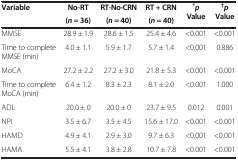
| Variable | No-RT | RT-No-CRN | RT + CRN | *pValue | †pValue |
 |  | (n = 36) | (n = 40) | (n = 40) |  |  |
 | --- | --- | --- | --- | --- | --- |
 | MMSE | 28.9 ± 1.9 | 28.6 ± 1.5 | 25.4 ± 4.6 | <0.001 | <0.001 |
 | Time to complete MMSE (min) | 4.0 ± 1.1 | 5.9 ± 1.7 | 5.7 ± 1.4 | <0.001 | 0.886 |
 | MoCA | 27.2 ± 2.2 | 27.2 ± 3.0 | 21.8 ± 5.3 | <0.001 | <0.001 |
 | Time to complete MoCA (min) | 6.4 ± 1.2 | 8.3 ± 2.3 | 8.1 ± 2.0 | <0.001 | 1.000 |
 | ADL | 20.0 ± 0 | 20.0 ± 0 | 23.7 ± 9.5 | 0.012 | 0.001 |
 | NPI | 3.5 ± 6.7 | 3.5 ± 4.5 | 15.6 ± 17.0 | <0.001 | <0.001 |
 | HAMD | 4.9 ± 4.1 | 2.9 ± 3.0 | 9.7 ± 6.3 | <0.001 | <0.001 |
 | HAMA | 5.5 ± 4.1 | 3.8 ± 2.8 | 10.7 ± 7.8 | <0.001 | <0.001 |